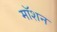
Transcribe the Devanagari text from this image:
माॅशन